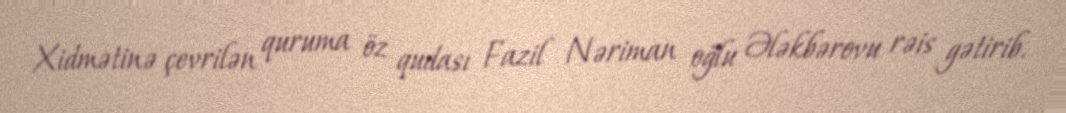
Xidmətinə çevrilən quruma öz qudası Fazil Nəriman oğlu Ələkbərovu rəis gətirib.